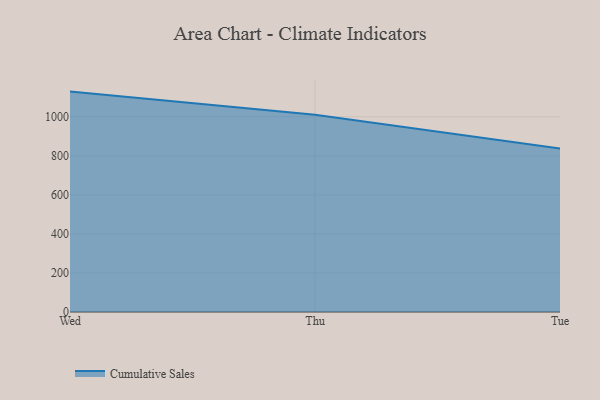
{"axis": {"x": "Day", "y": "Market Share (%)"}, "legend": ["Cumulative Sales"], "data": [{"x": "Wed", "y": 1128.9, "type": "Cumulative Sales"}, {"x": "Thu", "y": 1010.8, "type": "Cumulative Sales"}, {"x": "Tue", "y": 837.7, "type": "Cumulative Sales"}]}